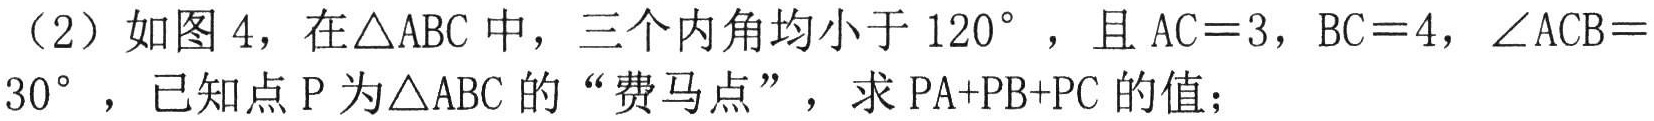
（2）如图 4，在\(\triangle ABC\)中，三个内角均小于 \(120^{\circ}\)，且 \(AC = 3\)，\(BC = 4\)，\(\angle ACB = 30^{\circ}\)，已知点 \(P\) 为\(\triangle ABC\) 的“费马点”，求 \(PA + PB + PC\) 的值；